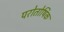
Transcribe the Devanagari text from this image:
परोतोषिक